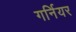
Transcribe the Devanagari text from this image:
गर्नियर